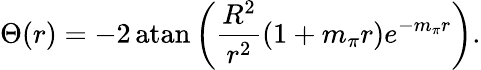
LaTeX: \Theta(r)=-2\, \mathrm{atan}\left({\frac{R^{2}}{r^{2}}}(1+m_{\pi}r)e^{-m_{\pi}r}\right).